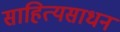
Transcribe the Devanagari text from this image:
साहित्यसाधन